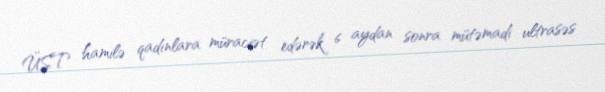
ÜST hamilə qadınlara müraciət edərək 6 aydan sonra mütəmadi ultrasəs